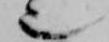
也